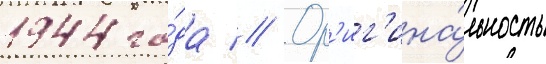
1944 го́да // Ор'иг'ина́льность